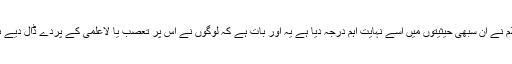
اسلام نے ان سبھی حیثیتوں میں اسے نہایت اہم درجہ دیا ہے یہ اور بات ہے کہ لوگوں نے اس پر تعصب یا لاعلمی کے پردے ڈال دیے ہیں۔